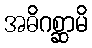
အဓိဂစ္ဆာမိ